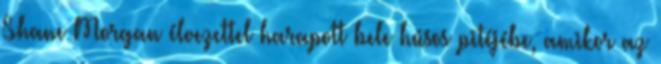
Shane Morgan élvezettel harapott bele húsos pitéjébe, amikor az